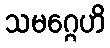
သမဂ္ဂေဟိ